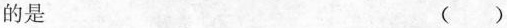
的是 ( )